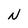
Character: N